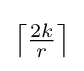
{\textstyle \left\lceil {\frac {2k}{r}}\right\rceil }